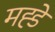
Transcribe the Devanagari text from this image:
मह्डे